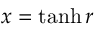
x = \operatorname { t a n h } { r }